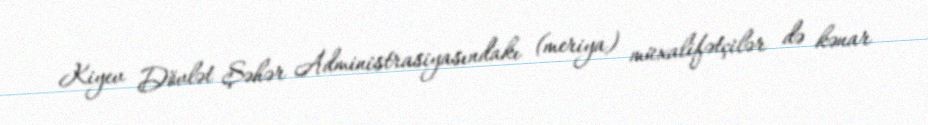
Kiyev Dövlət Şəhər Administrasiyasındakı (meriya) müxalifətçilər də kənar